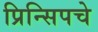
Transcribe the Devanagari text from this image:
प्रिन्सिपचे